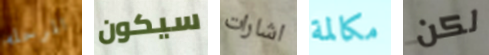
المرحله سيكون اشارات مكالمة لكن